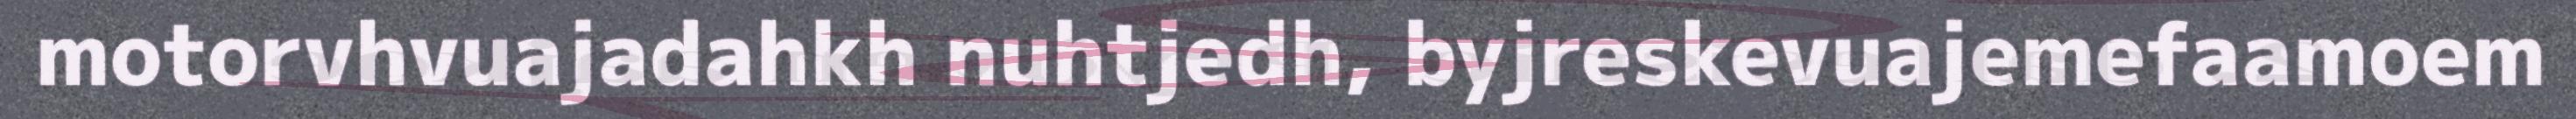
motorvhvuajadahkh nuhtjedh, byjreskevuajemefaamoem